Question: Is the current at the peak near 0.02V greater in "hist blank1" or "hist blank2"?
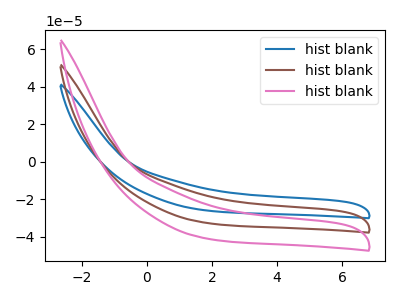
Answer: <think>The blue curve "hist blank1" has no peaks. The brown curve "hist blank2" has no peaks. The pink curve "hist blank3" has no peaks.</think>
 <answer>"hist blank1" and "hist blank2" dont share a peak at 0.02V.</answer>
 <eval>mismatch</eval>